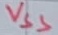
Text: VSS